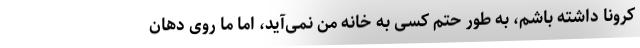
کرونا داشته باشم، به طور حتم کسی به خانه‌ من نمی‌آید، اما ما روی دهان